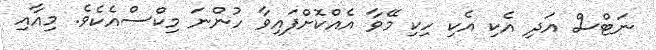
ނަޓްސް އަދި އެކި އެކި ހިކި މޭވާ އެއްކޮށްފައިވާ ހުންނަ މިކްސްއެކެވެ. މިއާއި